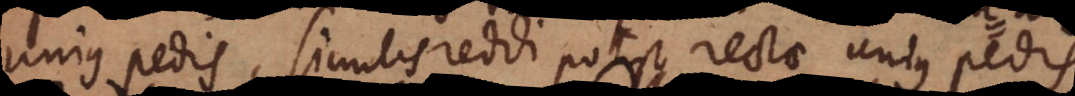
unius pedis, similis reddi potest rectae unius pedi